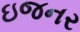
ઇજનર